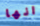
انها